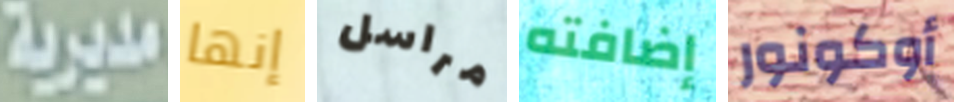
مديرية إنها مراسل إضافته أوكونور